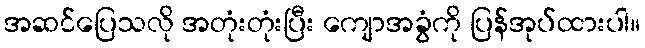
အဆင်ပြေသလို အတုံးတုံးပြီး ကျောအခွံကို ပြန်အုပ်ထားပါ။